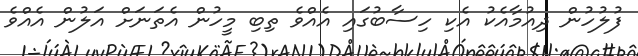
ފުލުހުން ދިއުމާއެކު އެކި ހިސާބުގައި އެއްވެ ތިބި މީހުން އެތަނަށް އަލުން އެއްވެ